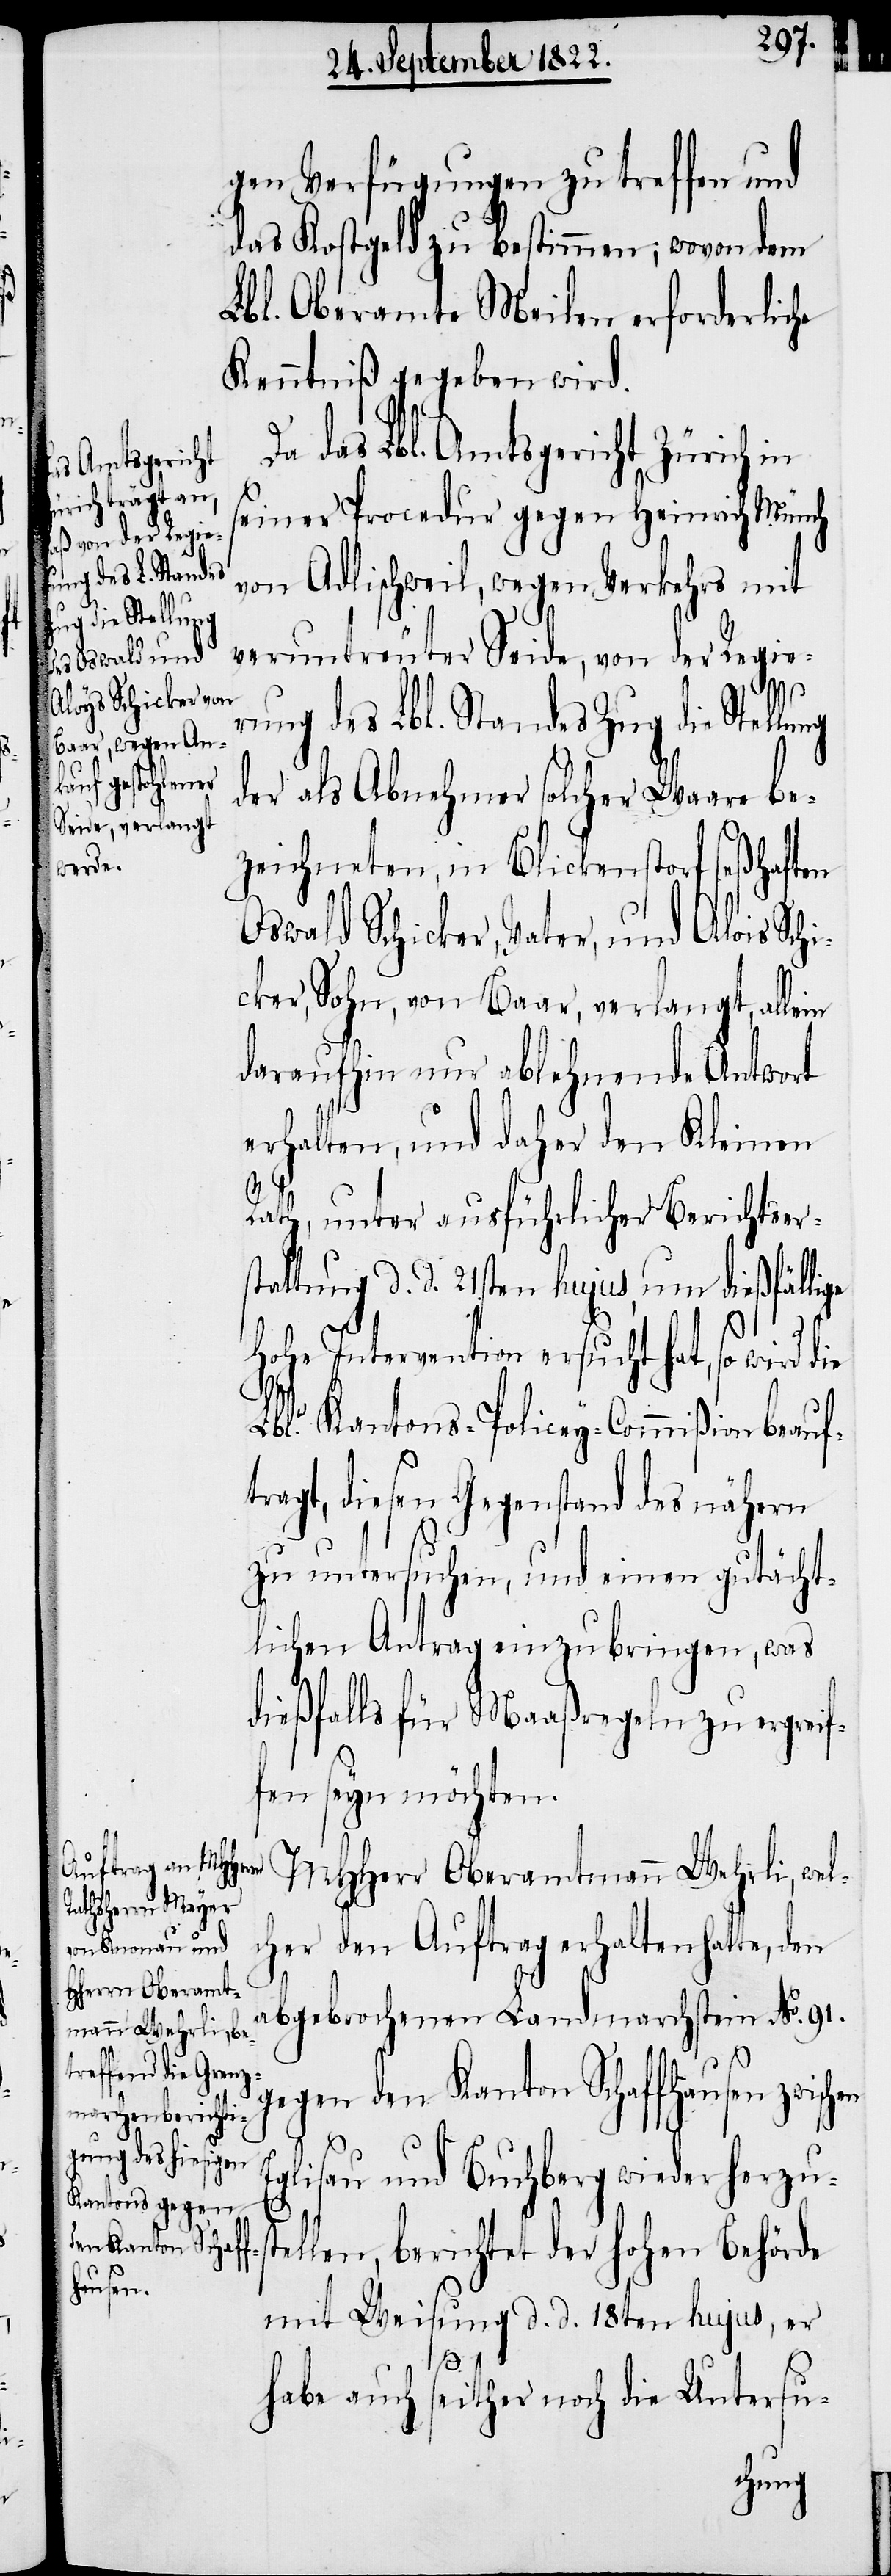
gen Verfügungen zu treffen und
das Kostgeld zu bestimmen; wovon dem
Lbl. Oberamte Meilen erforderlich
Kenntniß gegeben wird.
Da das Lbl. Amtsgericht Zürich in
seiner Procedur gegen Heinrich Münch
von Adlischweil, wegen Verkehrs mit
veruntreuter Seide, von der Regie¬
rung des Lbl. Standes Zug die Stel¬
der als Abnehmer solcher Waare be¬
zeichneten, in Blickenstorf seßhaften
Oswald Schicker, Vater, und Alois Sch¬
icker, Sohn, von Baar, verlangt, allein
daraufhin nur ablehnende Antwort
erhalten, und daher den Kleinen
st¬
Rath, unter ausführlicher Berichtsers¬
tattung d. d. 21sten hujus, um diesfälli¬
hohe Intervention ersucht hat, so wird die
Lbl. Kantons-Policey-Commißion beauf¬
tragt, diesen Gegenstand des nähern
zu untersuchen, und einen gutächt¬
lichen Antrag einzubringen, was
dießfalls für Maaßregeln zu ergrei¬
fen seyn möchten.
MHHerr Oberamtmann Wehrli, wel¬
cher den Auftrag erhalten hatte, den
abgebrochenen Landmarchstein No. 91.
gegen den Kanton Schaffhausen zwisch¬
glisau und Buchberg wieder herzu¬
ellen, berichtet der Hohen Behörde
mit Weisung d. d. 18ten hujus, er
habe auch seither noch die Untersu-
lung